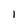
Character: 1